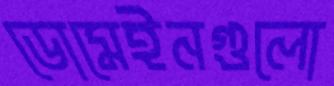
ডোমেইনগুলো